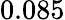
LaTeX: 0.085